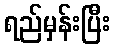
ရည်မှန်းပြီး